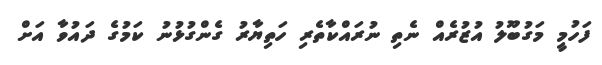
ފަހުމީ މަގުބޫލު އުޒުރެއް ނެތި ނުރައްކާތެރި ހަތިޔާރު ގެންގުޅުނު ކަމުގެ ދައުވާ އަށް